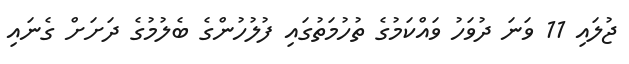
ޖުލައި 11 ވަނަ ދުވަހު ވައްކަމުގެ ތުހުމަތުގައި ފުލުހުންގެ ބެލުމުގެ ދަށަށް ގެނައި